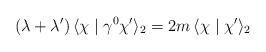
LaTeX: \begin{align*}\left(\lambda+\lambda'\right)\langle\chi\mid \gamma^0\chi'\rangle_2=2m\,\langle\chi\mid\chi'\rangle_2\end{align*}